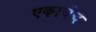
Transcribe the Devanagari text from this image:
एकाचेच